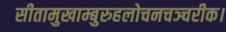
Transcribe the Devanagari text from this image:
सीतामुखाम्बुरुहलोचनचञ्चरीक।